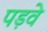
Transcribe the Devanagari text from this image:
पड़वे